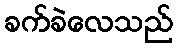
ခက်ခဲလေသည်